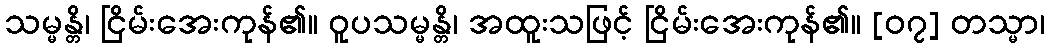
သမ္မန္တိ၊ ငြိမ်းအေးကုန်၏။ ဝူပသမ္မန္တိ၊ အထူးသဖြင့် ငြိမ်းအေးကုန်၏။ [၀၇] တသ္မာ၊